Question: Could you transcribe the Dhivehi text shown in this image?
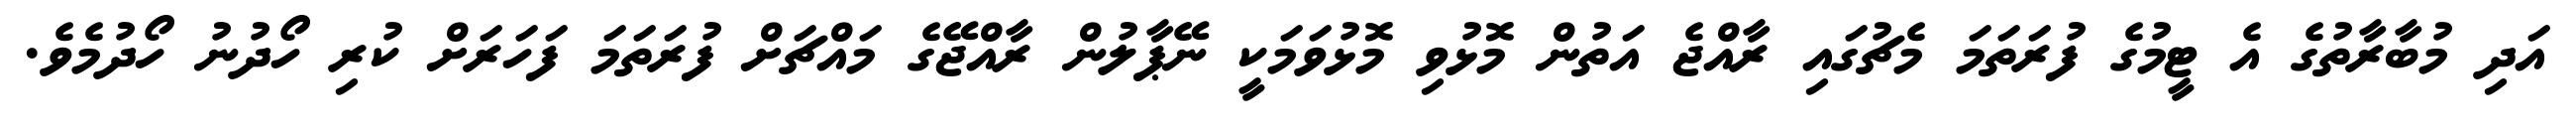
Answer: އަދި މުބާރާތުގެ އެ ޓީމުގެ ފުރަތަމަ މެޗުގައި ރާއްޖެ އަތުން މޮޅުވި މޮޅުވަމަކީ ނޭޕާލުން ރާއްޖޭގެ މައްޗަށް ފުރަތަމަ ފަހަރަށް ކުރި ހޯދުނު ހޯދުމެވެ.